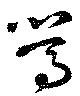
篤